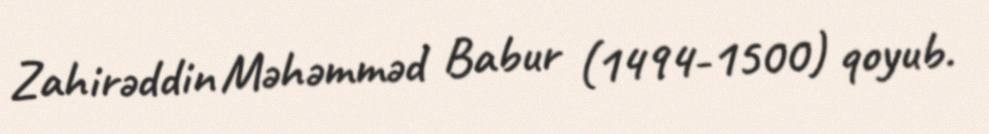
Zahirəddin Məhəmməd Babur (1494-1500) qoyub.